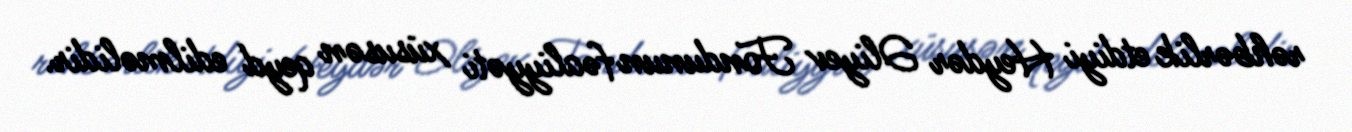
rəhbərlik etdiyi Heydər Əliyev Fondunun fəaliyyəti xüsusən qeyd edilməlidir.